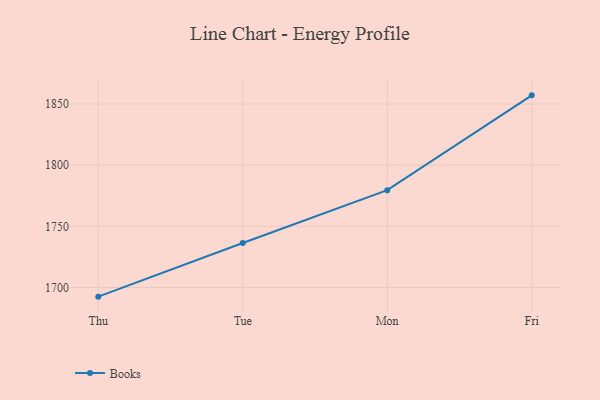
{"axis": {"x": "Day", "y": "Page Views"}, "legend": ["Books"], "data": [{"x": "Thu", "y": 1692.5, "type": "Books"}, {"x": "Tue", "y": 1736.4, "type": "Books"}, {"x": "Mon", "y": 1779.6, "type": "Books"}, {"x": "Fri", "y": 1857.1, "type": "Books"}]}